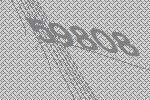
59808